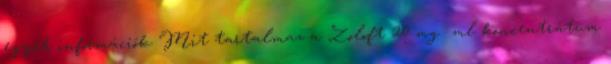
egyéb információk Mit tartalmaz a Zoloft 20 mg ml koncentrátum